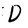
Character: D